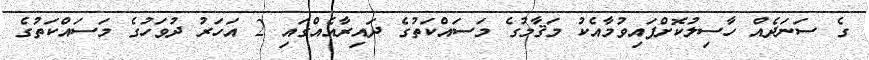
ގެ ސަނަދެއް ހާސިލުކޮށްފައިވުމާއެކު މަޤާމުގެ މަސައްކަތުގެ ދައިރާއެއްގައި 2 އަހަރު ދުވަހުގެ މަސައްކަތުގެ